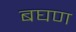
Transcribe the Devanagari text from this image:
बघण